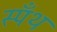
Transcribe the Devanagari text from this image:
स्पँथ